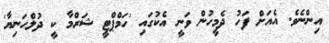
އިންނެވެ. އެއަށް ފަހު ދެމީހުން ވަނީ އެކުގައި 'ހަމްޕްޓީ ޝަރްމާ ކީ ދުލްހަނިޔާ'